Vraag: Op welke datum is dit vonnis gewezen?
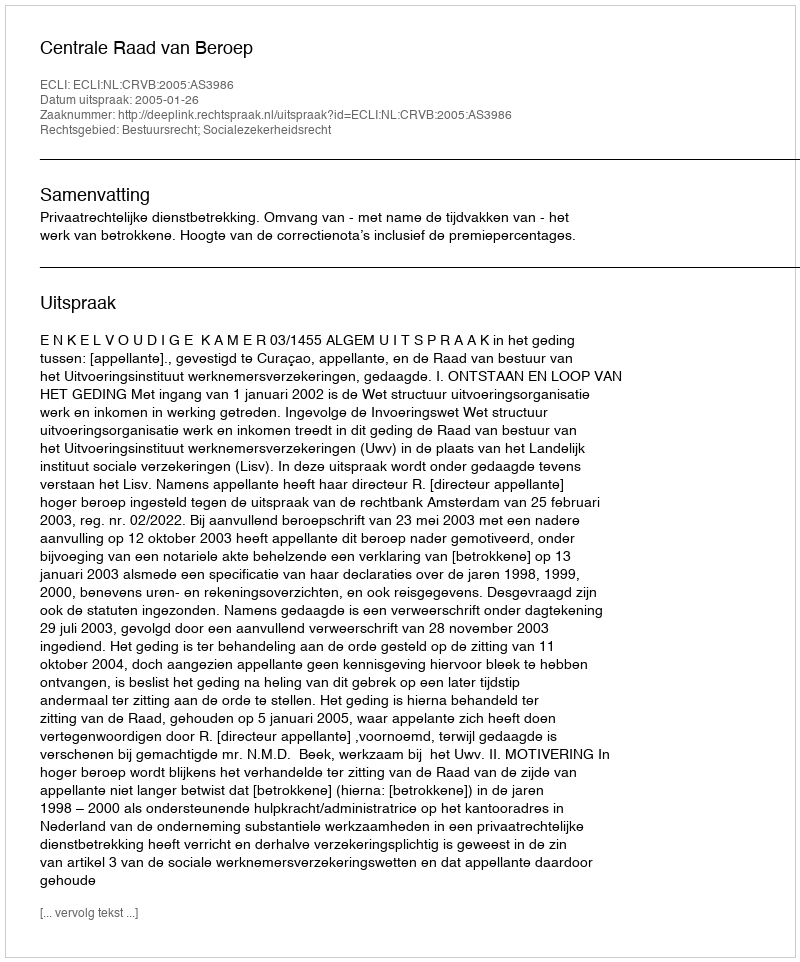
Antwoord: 2005-01-26